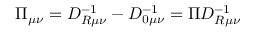
\Pi _ { \mu \nu } = D _ { R \mu \nu } ^ { - 1 } - D _ { 0 \mu \nu } ^ { - 1 } = \Pi D _ { R \mu \nu } ^ { - 1 }